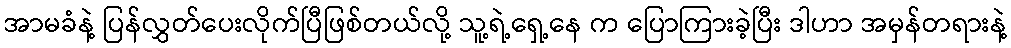
အာမခံနဲ့ ပြန်လွှတ်ပေးလိုက်ပြီဖြစ်တယ်လို့ သူ့ရဲ့ရှေ့နေ က ပြောကြားခဲ့ပြီး ဒါဟာ အမှန်တရားနဲ့